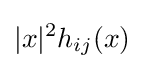
|x|^{2}h_{ij}(x)